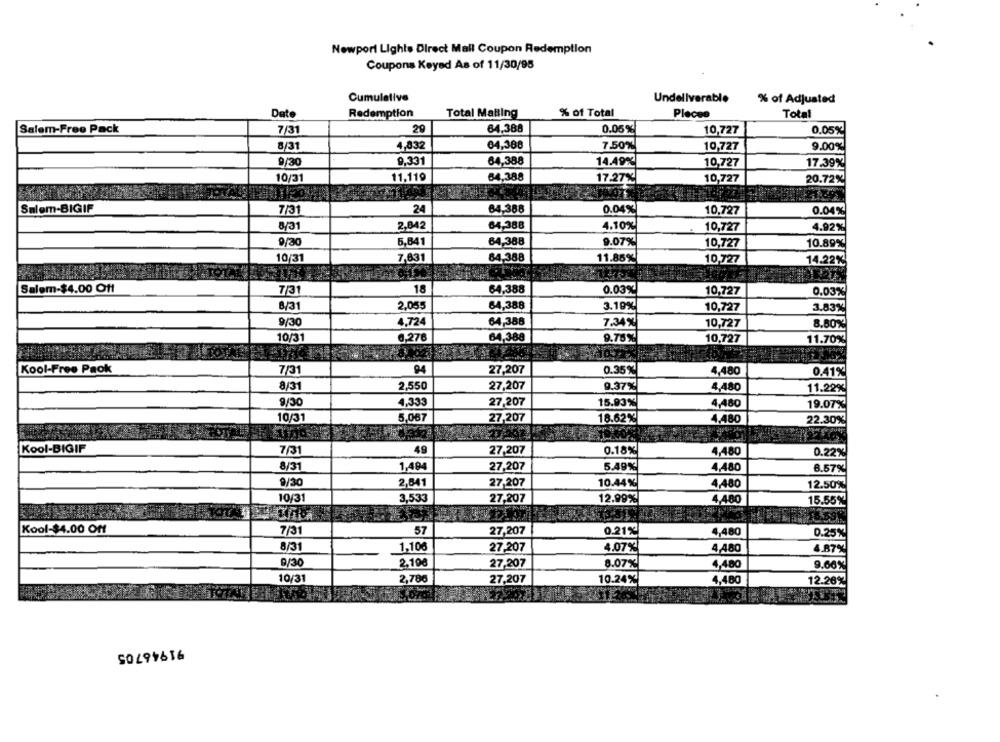
Newport Lights Direct Mail Coupon Redemption
Coupons Keyed As of 11/30/95
Cumulative
Undeliverable
% of Adjusted
% of Total
Date
Redemption
Total Matting
Placee
Total
Salem-Free Pack
7/31
29
64.388
0.05%
10,727
0.05%
8/31
4,832
64,388
7.50%
10,727
9.00%
9/30
9,331
64,388
14.49%
10,727
17.39%
10/31
11,119
64,388
10,727
17.27%
20.72%
Salem-BIGIF
7/31
24
84.388
0.04%
10,727
0.04%
8/31
2,842
64.388
4.10%
10,727
4.92%
9/30
5,841
64,388
9.07%
10,727
10.89%
10/31
7,631
64,388
11.85%
10,727
14.22%
Salem-$4.00 Off
18
64.388
0.03%
7/31
10,727
0.03%
8/31
2,055
64,388
3.19%
10,727
3.83%
9/30
4,724
64,388
7.34%
10,727
8.80%
10/31
6,276
64,388
9.75%
10,727
11.70%
Kool-Free Paok
7/31
94
27,207
0.35%
4.480
0.41%
8/31
2,550
27,207
9.37%
4.480
11.22%
4,333
9/30
27,207
15.93%
4,480
19.07%
10/31
5,067
27,207
18.62%
4,480
22.30%
Kool-BIGIF
7/31
49
27,207
0.18%
4,480
0.22%
8/31
1,494
27,207
5.49%
4,480
6.57%
9/30
2,841
27-207
10.44%
4,480
12.50%
10/31
3,533
27,207
12.99%
4,480
15.55%
Kool-$4.00 Off
7/31
57
27,207
0.21%
4,480
0.25%
8/31
1.100
27,207
4.07%
4.480
4.87%
9/30
2,100
27,207
8.07%
4,480
9.66%
10/31
2,786
27,207
10.24%
4,480
12.26%
91946705